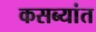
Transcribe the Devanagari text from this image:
कसब्यांत